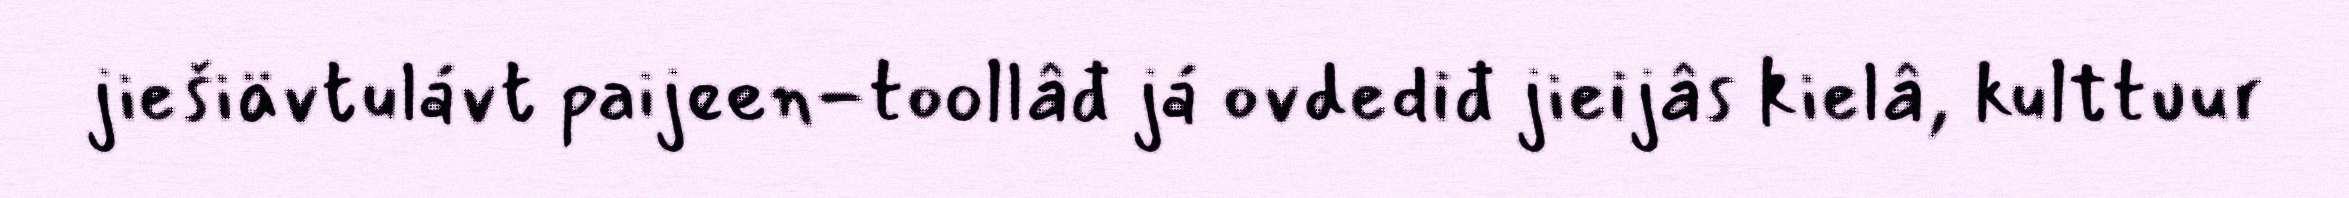
jiešiävtulávt paijeen-toollâđ já ovdediđ jieijâs kielâ, kulttuur